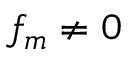
f _ { m } \neq 0